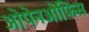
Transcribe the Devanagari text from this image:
ओपेनओफिस